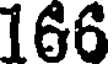
166